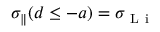
\sigma _ { \parallel } ( d \le - a ) = \sigma _ { \mathrm { ~ L ~ i ~ } }